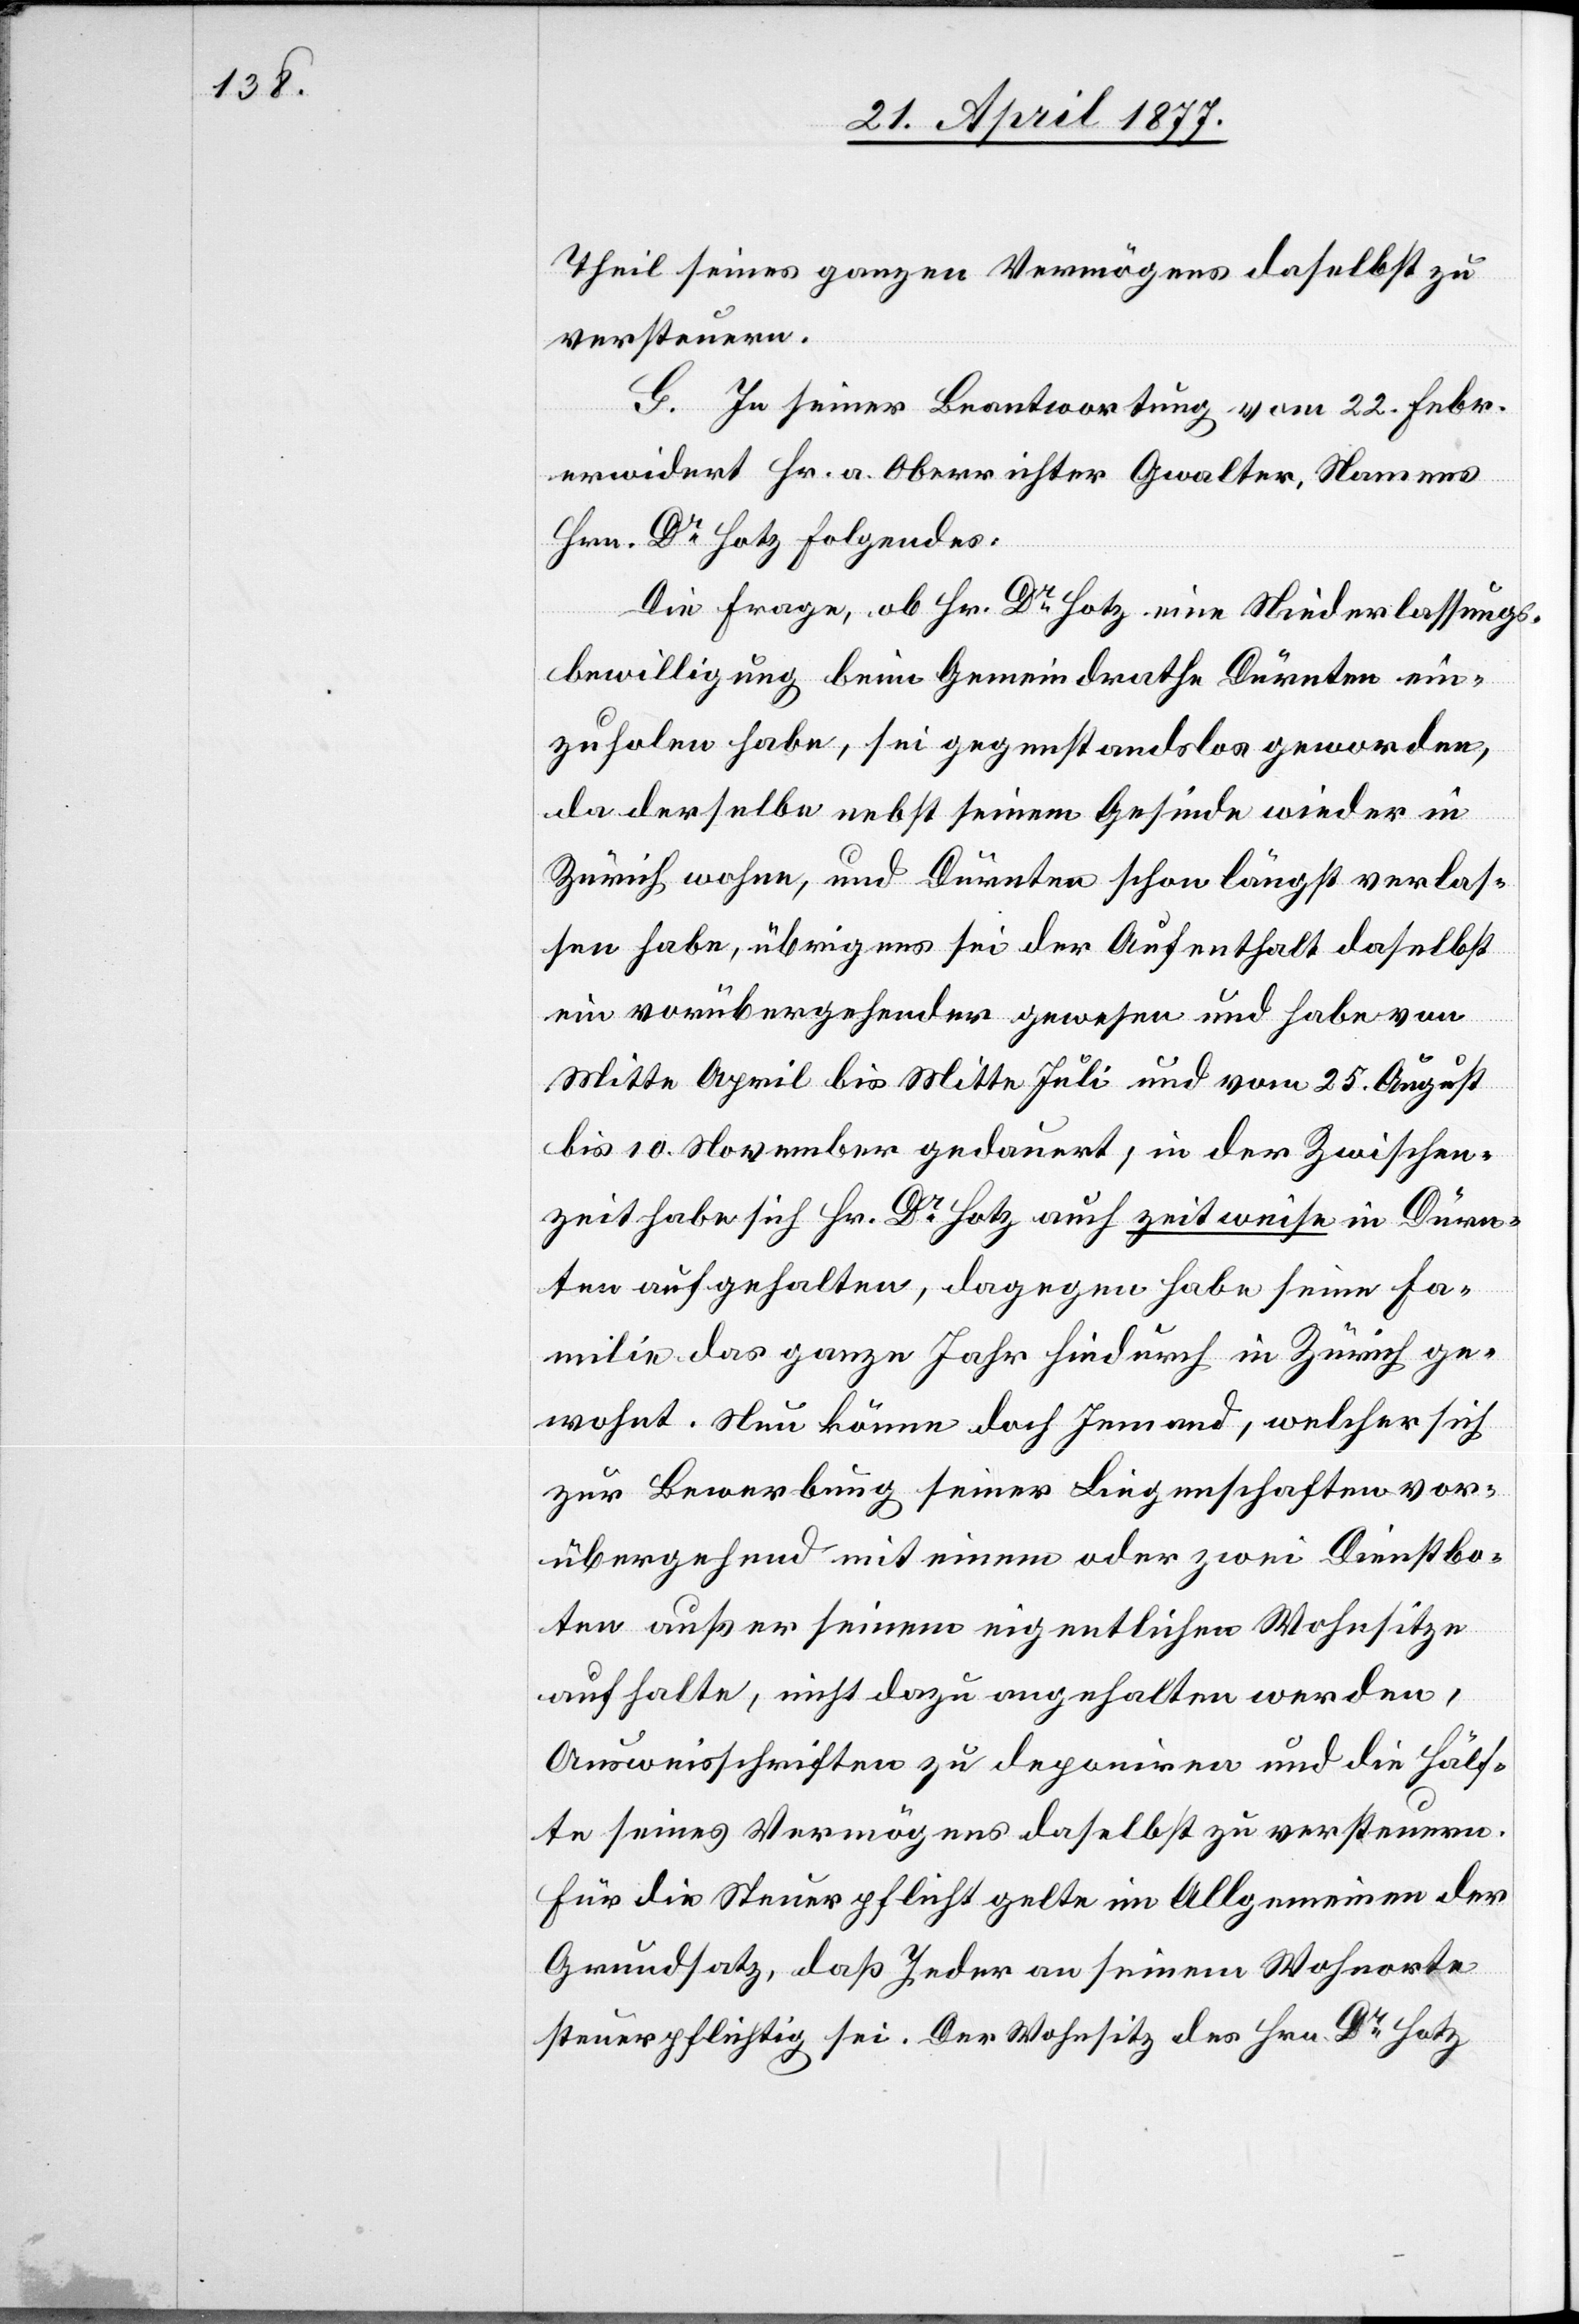
Theil seines ganzen Vermögens daselbst zu
versteuern.
G. In seiner Beantwortung vom 22. Febr.
erwidert Hr. a. Oberrichter Gwalter, Namens
Hrn. Dr Hotz Folgendes:
Die Frage, ob Hr. Dr Hotz eine Niederlassungs¬
bewilligung beim Gemeindrathe Dürnten ein¬
zuholen habe, sei gegenstandslos geworden,
da derselbe nebst seinem Gesinde wieder in
Zürich wohne, und Dürnten schon längst verlas¬
sen habe, übrigens sei der Aufenthalt daselbst
ein vorübergehender gewesen und habe von
Mitte April bis Mitte Juli und vom 25. August
bis 10. November gedauert; in der Zwischen¬
zeit habe sich Hr. Dr Hotz auch zeitweise in Dürn¬
ten aufgehalten, dagegen habe seine Fa¬
milie das ganze Jahr hindurch in Zürich ge¬
wohnt. Nun könne doch Jemand, welcher sich
zur Bewerbung seiner Liegenschaften vor¬
übergehend mit einem oder zwei Dienstbo¬
ten außer seinem eigentlichen Wohnsitze
aufhalte, nicht dazu angehalten werden,
Ausweisschriften zu deponiren und die Hälf¬
te seines Vermögens daselbst zu versteuern.
Für die Steuerpflicht gelte im Allgemeinen der
Grundsatz, daß Jeder an seinem Wohnorte
steuerpflichtig sei. Der Wohnsitz des Hrn. Dr Hotz